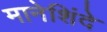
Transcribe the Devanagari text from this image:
मानेशिंदे